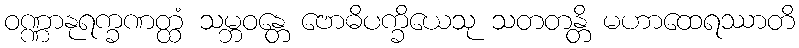
ဝဏ္ဏာနုရက္ခဏတ္ထံ သမ္ဘဝန္တေ ဗောဓိပက္ခိယေသု သတတန္တိ မဟာထေရဿာတိ